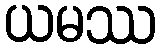
ယမဿ